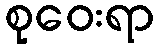
စုဝေးရာ